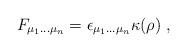
LaTeX: \begin{align*} F_{\mu_1\dots\mu_n} = \epsilon_{\mu_1\dots\mu_n} \kappa(\rho)~,\end{align*}